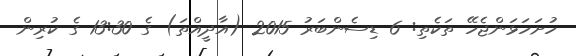
ހުށަހަޅަންޖެހޭ ތަކެތި: 6 ޑިސެންބަރު 2015 (އާދީއްތަ) ގެ 13:30 ގެ ކުރިން